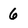
Character: 6